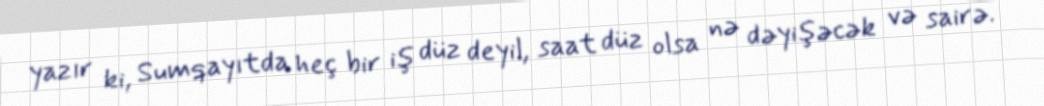
yazır ki, Sumqayıtda heç bir iş düz deyil, saat düz olsa nə dəyişəcək və sairə.